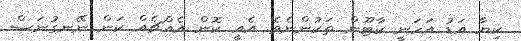
ކިޔާ އަޑު އަހަނީ ކާޓޫން ތަކުންނެވެ. އެއީ ކޮން އެއްޗެއް ކަން ނޭނގުނަސް